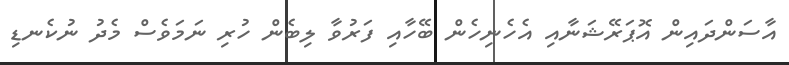
އާސަންދައިން އޮޕަރޭޝަނާއި އެހެނިހެން ބޭހާއި ފަރުވާ ލިބެން ހުރި ނަމަވެސް މެދު ނުކެނޑި